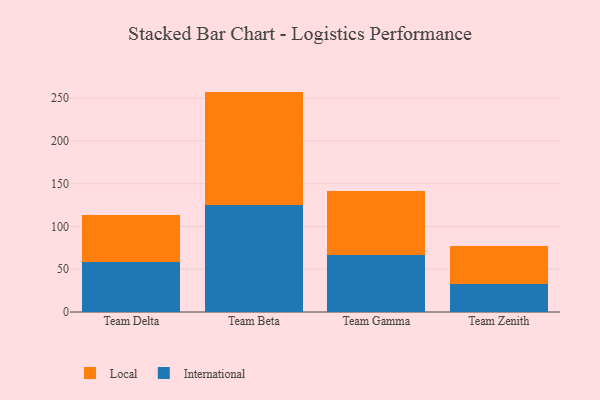
{"axis": {"x": "Team", "y": "Customer Acquisition Cost (USD)"}, "legend": ["International", "Local"], "data": [{"x": "Team Delta", "y": 58.7, "type": "International"}, {"x": "Team Delta", "y": 54.8, "type": "Local"}, {"x": "Team Beta", "y": 125.2, "type": "International"}, {"x": "Team Beta", "y": 132.4, "type": "Local"}, {"x": "Team Gamma", "y": 66.5, "type": "International"}, {"x": "Team Gamma", "y": 75.3, "type": "Local"}, {"x": "Team Zenith", "y": 33.2, "type": "International"}, {"x": "Team Zenith", "y": 44.5, "type": "Local"}]}